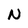
Character: N